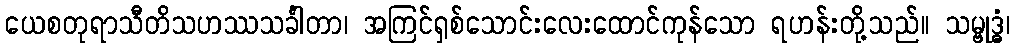
ယေစတုရာသီတိသဟဿသင်္ခါတာ၊ အကြင်ရှစ်သောင်းလေးထောင်ကုန်သော ရဟန်းတို့သည်။ သမ္ဗုဒ္ဓံ၊